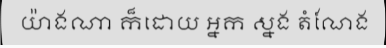
យ៉ាងណា ក៏ដោយ អ្នក ស្នង តំណែង